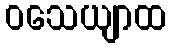
ဝသေယျာထ